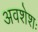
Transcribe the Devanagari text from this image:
अवशेशः